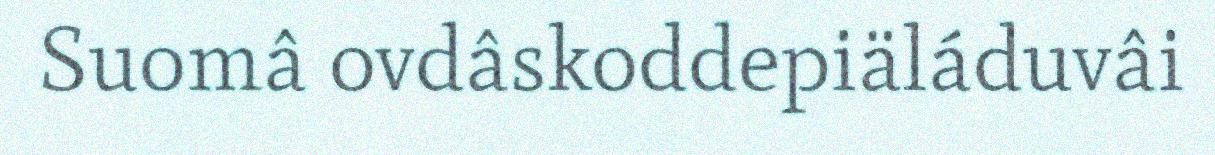
Suomâ ovdâskoddepiäláduvâi